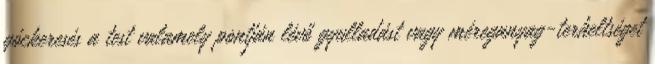
góckeresés a test valamely pontján lévő gyulladást vagy méreganyag-terheltséget